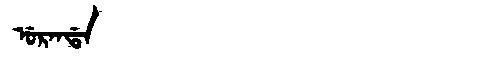
Manchu: ᡠᡵᠠᠨᡩᠠ
Romanization: URANDA